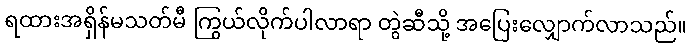
ရထားအရှိန်မသတ်မီ ကြွယ်လိုက်ပါလာရာ တွဲဆီသို့ အပြေးလျှောက်လာသည်။